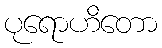
ပုရောဟိတော